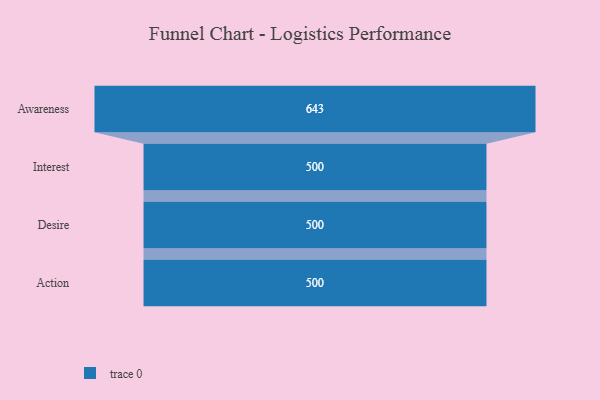
{"axis": {"x": "Stage", "y": "Value"}, "legend": [""], "data": [{"x": "Awareness", "y": 643.0, "type": ""}, {"x": "Interest", "y": 500, "type": ""}, {"x": "Desire", "y": 500, "type": ""}, {"x": "Action", "y": 500, "type": ""}]}